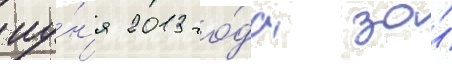
иу́н'я 2013 го́да за́